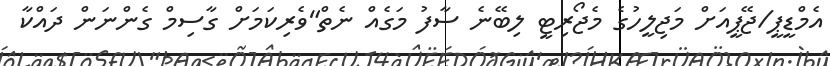
އެމްޑީޕީ/ޖޭޕީއަށް މަޖިލީހުގެ މެޖޯރިޓީ ލިބޭނެ ސާފު މަގެއް ނެތް"ވެރިކަމަށް ގާސިމް ގެންނަން ދައްކާ